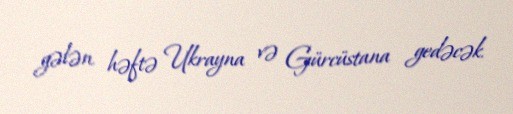
gələn həftə Ukrayna və Gürcüstana gedəcək.